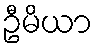
ဦမိယာ